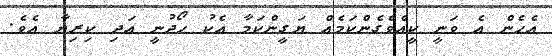
އެހެން އެ ވަނީ ކީއްވެގެންކަމެއް ޔަގީންކަމާ އެކު ހޯދުނީ އަދި ކިރިޔާ އެވެ.